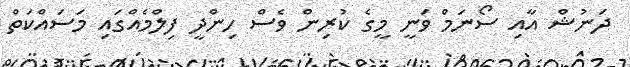
ދަނުޝް އާއި ސޯނަމް ވަނީ މީގެ ކުރިން ވެސް ހިންދީ ފިލްމެއްގައި މަސައްކަތް